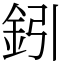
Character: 鈏